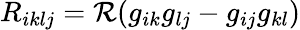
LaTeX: \begin{array}{r}{R_{iklj}=\mathcal{R}(g_{ik}g_{lj}-g_{ij}g_{kl})}\end{array}